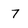
Character: 7